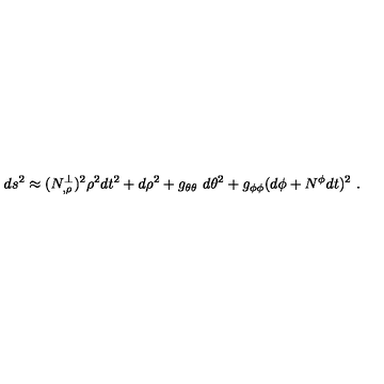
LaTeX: d s ^ { 2 } \approx ( N _ { , \rho } ^ { \perp } ) ^ { 2 } \rho ^ { 2 } d t ^ { 2 } + d \rho ^ { 2 } + g _ { \theta \theta } \ d \theta ^ { 2 } + g _ { \phi \phi } ( d \phi + N ^ { \phi } d t ) ^ { 2 } \ .